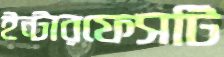
ইন্টারফেসটি